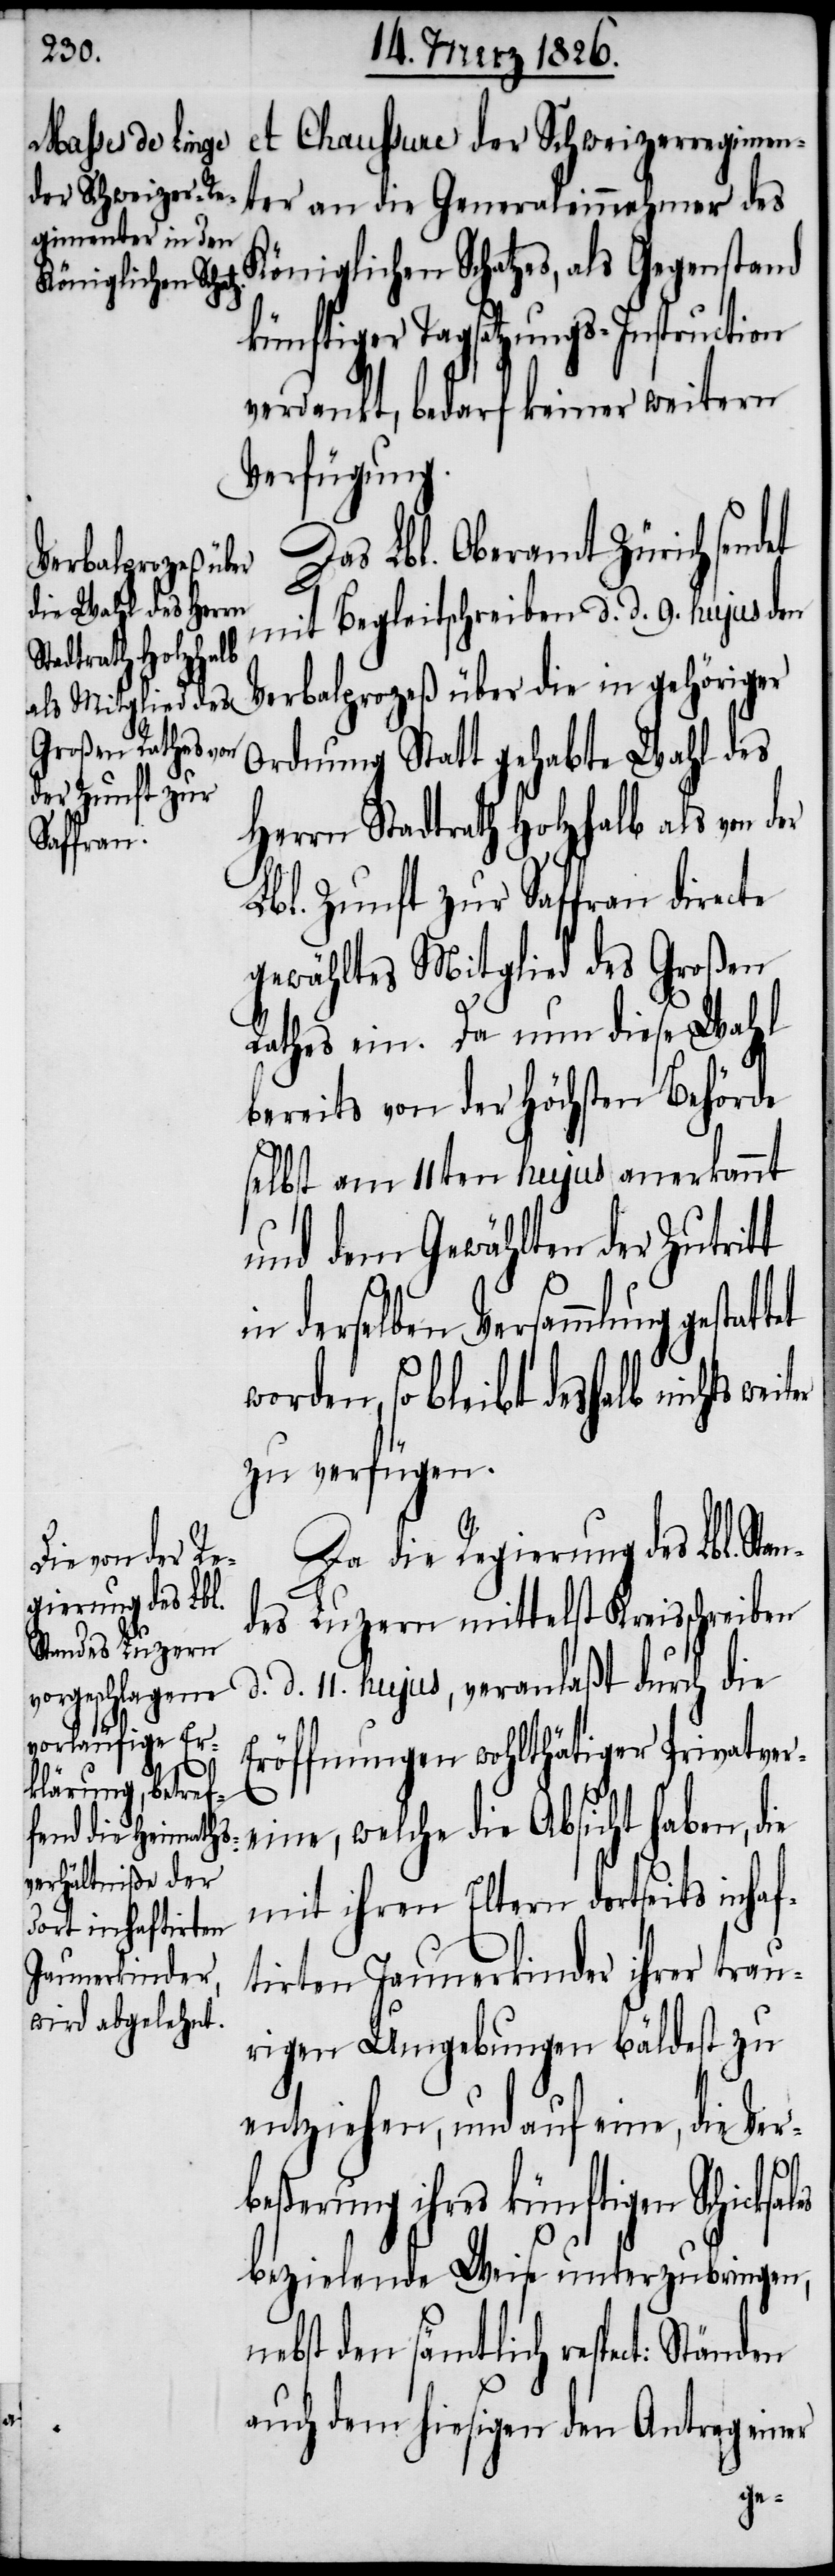
et Chaussure der Schweizerregimen¬
ter an die Generaleinnehmer des
Königlichen Schatzes als Gegenstand
künftiger Tagsatzungs-Instruction
verdankt, bedarf keiner weitern
Verfügung.
Das Lbl. Oberamt Zürich sendet
mit Begleitschreiben d. d. 9. hujus den
Verbalprozeß über die in gehöriger
Ordnung Statt gehabte Wahl des
Herrn Stadtrath Holzhalb als von der
Lbl. Zunft zur Saffran directe
gewähltes Mitglied des Großen
Rathes ein. Da nun diese Wahl
bereits von der Höchsten Behörde
selbst am 11ten hujus anerkannt
und dem Gewählten der Zutritt
derselben Versammlung gestat¬
worden, so bleibt deshalb nichts
zu verfügen.
Da die Regierung des Lbl. Sta¬
ndes Luzern mittelst Kreisschreiben
d. 11. hujus, veranlaßt durch die
Eröffnung wohltätiger Privatver¬
eine, welche die Absicht haben, die
mit ihren Eltern dortseits inhaf¬
tirten Jaunerkinder ihrer trau¬
rigen Umgebung bäldest zu
entziehen, und auf eine, die Ver¬
beßerung ihres künftigen Schicksa¬
bezielende Weise unterzubringen,
nebst den sämtlich respect: Ständen
auch dem hiesigen den Antrag einer
les